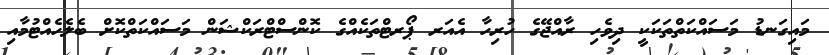
މައިގަނޑު މަސައްކަތްތަކަކީ ދިވެހި ރާއްޖޭގެ ހުރިހާ އެއަރ ޕޯރޓްތަކެއްގެ ކޮންސްޓްރަކްޝަން މަސައްކަތްކޮށް ބެލެހެއްޓުމާއި